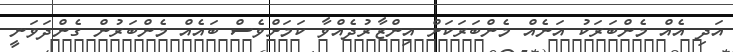
އަދި އެއް މެންބަރަކު އަނެއް މެންބަރަކަށް އިންޒާރުދެއްވާ ކަމަށްވެސް ބައެއް މެންބަރުން ގެންދަވަނީ